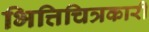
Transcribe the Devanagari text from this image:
भित्तिचित्रकारी